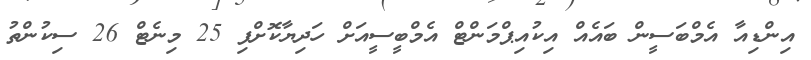
އިންޑިއާ އެމްބަސީން ބައެއް އިކުއިޕްމަންޓް އެމްބީސީއަށް ހަދިޔާކޮށްފި 25 މިނެޓް 26 ސިކުންތު